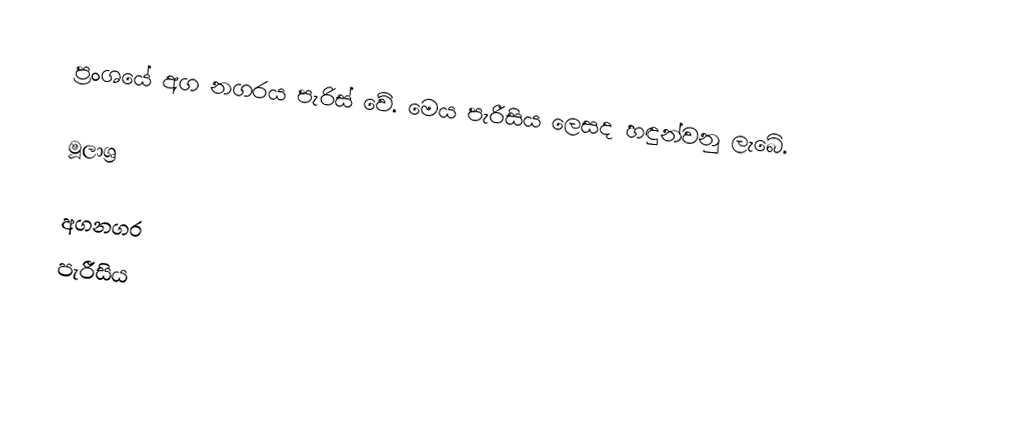
ප්‍රංශයේ අග නගරය පැරිස් වේ. මෙය පැරීසිය ලෙසද හඳුන්වනු ලැබේ.

මූලාශ්‍ර

අගනගර
පැරීසිය